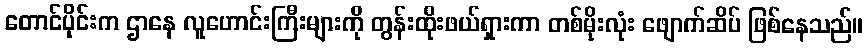
တောင်ပိုင်းက ဌာနေ လူဟောင်းကြီးများကို တွန်းထိုးဖယ်ရှားကာ တစ်မိုးလုံး ဖျောက်ဆိပ် ဖြစ်နေသည်။